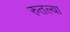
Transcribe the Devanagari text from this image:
रुतल्या